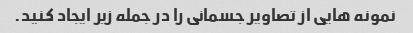
نمونه هایی از تصاویر جسمانی را در جمله زیر ایجاد کنید.